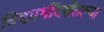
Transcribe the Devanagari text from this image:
विद्यार्थीदशेतल्या